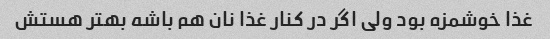
غذا خوشمزه بود ولی اگر در کنار غذا نان هم باشه بهتر هستش